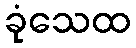
ခုံသေထ